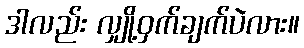
ဒါလည်း လျှို့ဝှက်ချက်ပဲလား။